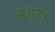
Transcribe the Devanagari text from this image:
बंगदा